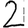
Digit: 2